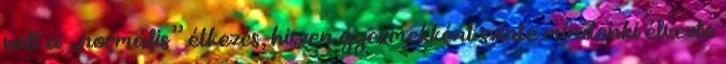
volt a „normális” étkezés, hiszen gyermekként szinte mindenki élvezte